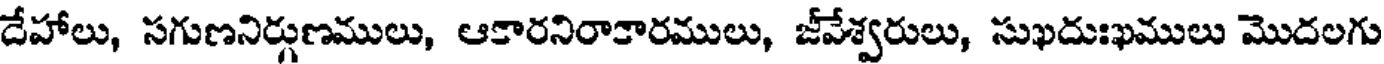
దేహాలు, సగుణనిర్గుణములు, ఆకారనిరాకారములు, జీవేశ్వరులు, సుఖదుఃఖములు మొదలగు